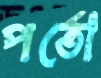
পর্তো